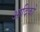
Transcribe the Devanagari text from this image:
आदिकों